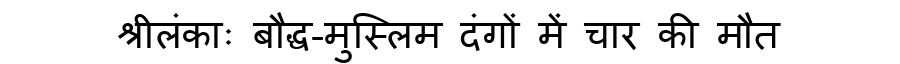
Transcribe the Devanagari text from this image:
श्रीलंकाः बौद्ध-मुस्लिम दंगों में चार की मौत